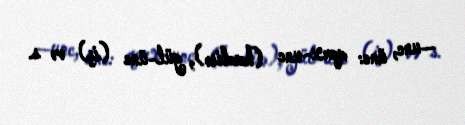
—unc, ünc: qorx-unc (hadisə), gül-ünc (iş) və s.